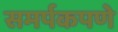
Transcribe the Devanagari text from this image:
समर्पकपणे